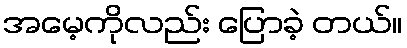
အမေ့ကိုလည်း ပြောခဲ့ တယ်။